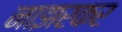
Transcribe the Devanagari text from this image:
नाझरकर